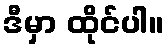
ဒီမှာ ထိုင်ပါ။